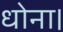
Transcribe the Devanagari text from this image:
धोना।